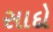
સાદો